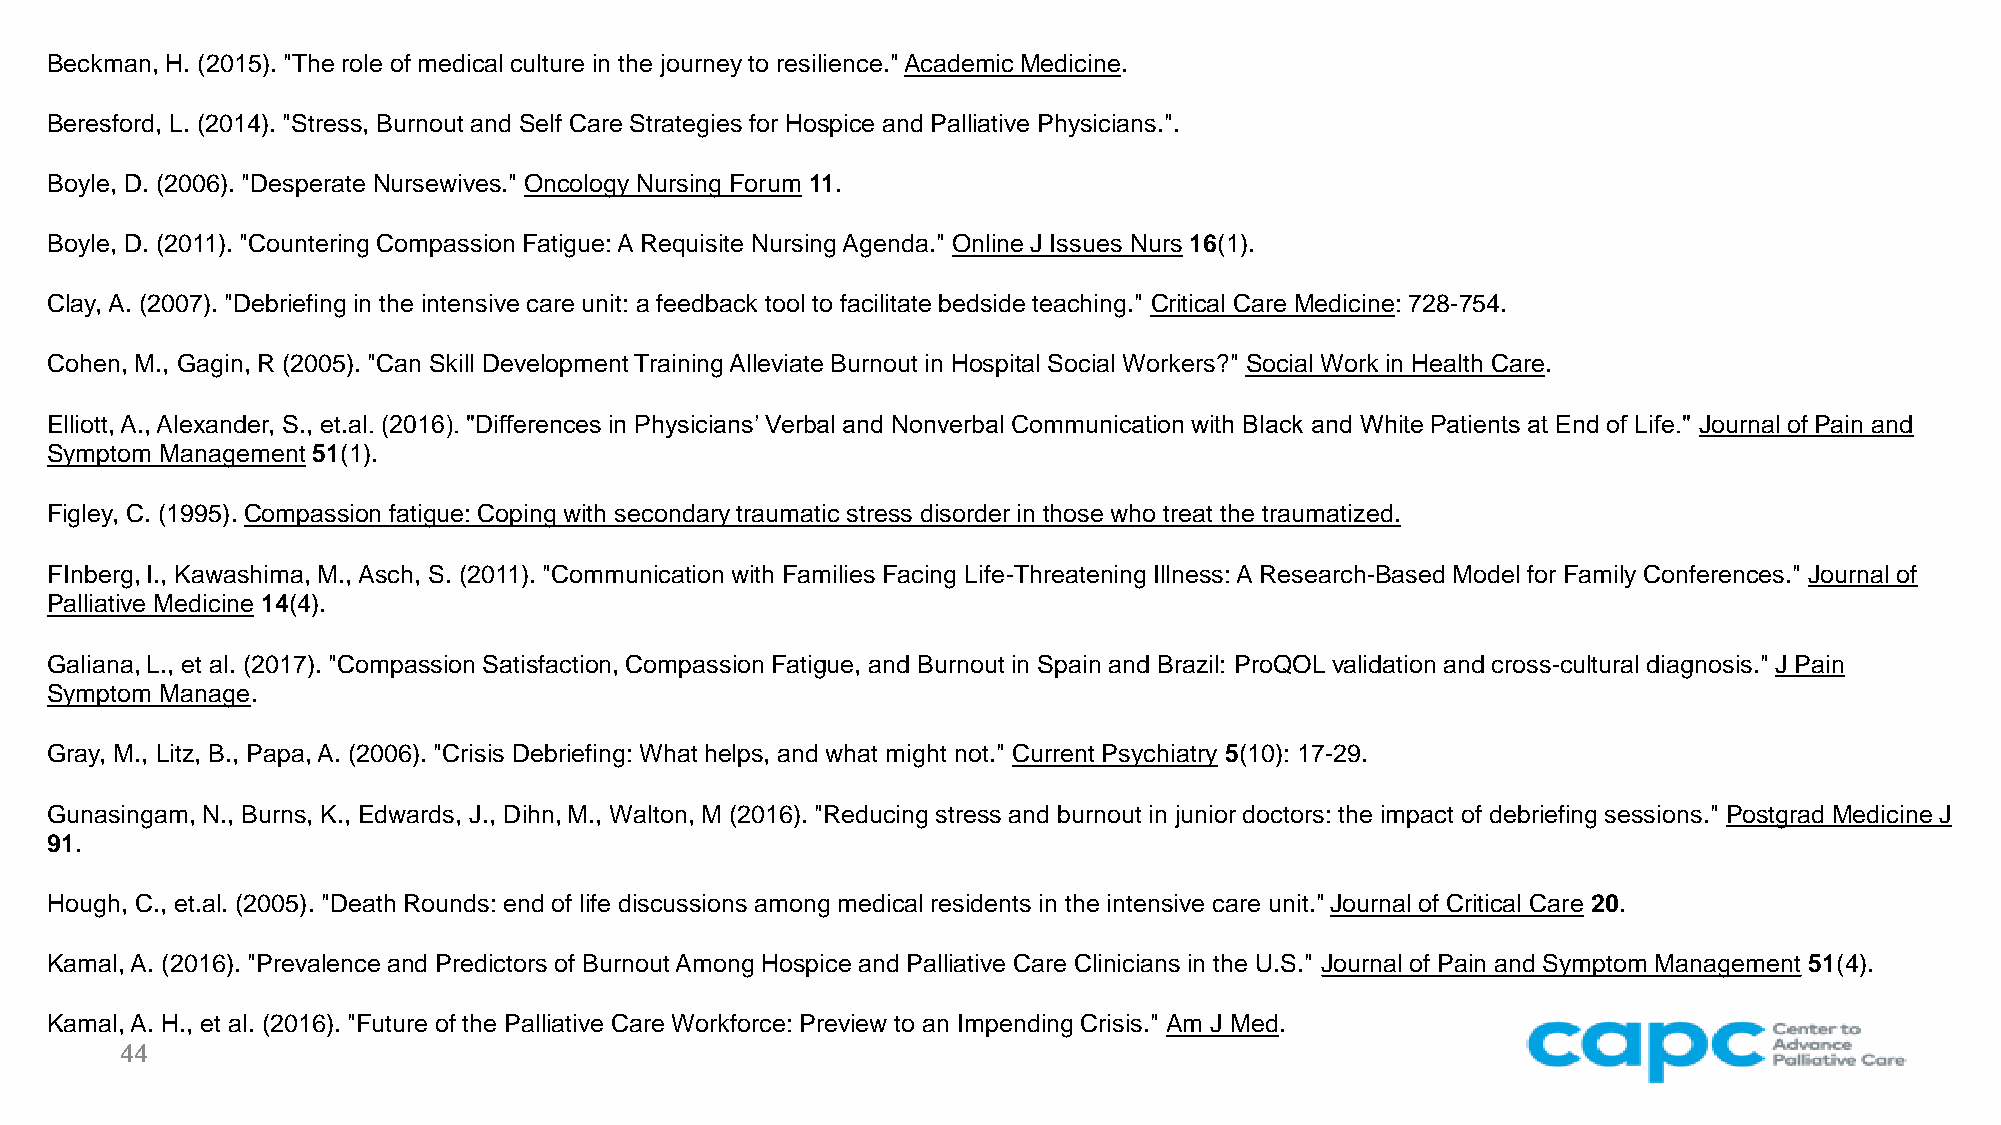
Beckman, H. (2015). "The role of medical culture in the journey to resilience." Academic Medicine.
 Beresford, L. (2014). "Stress, Burnout and Self Care Strategies for Hospice and Palliative Physicians.".
 Boyle, D. (2006). "Desperate Nursewives." Oncology Nursing Forum 11.
 Boyle, D. (2011). "Countering Compassion Fatigue: A Requisite Nursing Agenda." Online J Issues Nurs 16(1).
 Clay, A. (2007). "Debriefing in the intensive care unit: a feedback tool to facilitate bedside teaching." Critical Care Medicine: 728-754.
 Cohen, M., Gagin, R (2005). "Can Skill Development Training Alleviate Burnout in Hospital Social Workers?" Social Work in Health Care.
 Elliott, A., Alexander, S., et.al. (2016). "Differences in Physicians’ Verbal and Nonverbal Communication with Black and White Patients at End of Life." Journal of Pain and
 Symptom Management 51(1).
 Figley, C. (1995). Compassion fatigue: Coping with secondary traumatic stress disorder in those who treat the traumatized.
 FInberg, I., Kawashima, M., Asch, S. (2011). "Communication with Families Facing Life-Threatening Illness: A Research-Based Model for Family Conferences." Journal of
 Palliative Medicine 14(4).
 Galiana, L., et al. (2017). "Compassion Satisfaction, Compassion Fatigue, and Burnout in Spain and Brazil: ProQOLvalidation and cross-cultural diagnosis." J Pain
 Symptom Manage.
 Gray, M., Litz, B., Papa, A. (2006). "Crisis Debriefing: What helps, and what might not." Current Psychiatry 5(10): 17-29.
 Gunasingam, N., Burns, K., Edwards, J., Dihn, M., Walton, M (2016). "Reducing stress and burnout in junior doctors: the impact of debriefing sessions." Postgrad Medicine J
 91.
 Hough, C., et.al. (2005). "Death Rounds: end of life discussions among medical residents in the intensive care unit." Journal of Critical Care 20.
 Kamal, A. (2016). "Prevalence and Predictors of Burnout Among Hospice and Palliative Care Clinicians in the U.S." Journal of Pain and Symptom Management 51(4).
 Kamal, A. H., et al. (2016). "Future of the Palliative Care Workforce: Preview to an Impending Crisis." Am J Med.
 44